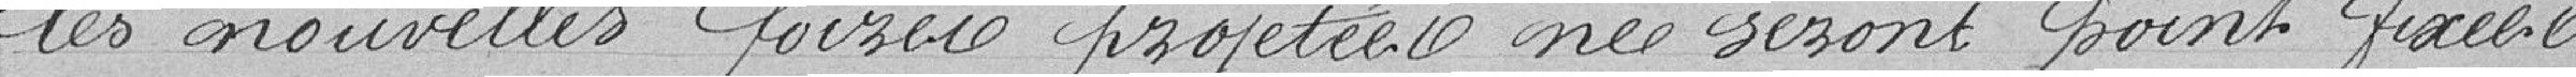
les nouvelles foires projetées ne seront point fixées